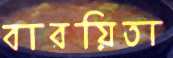
বারয়িতা